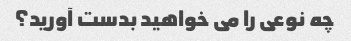
چه نوعی را می خواهید بدست آورید؟